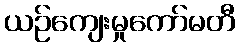
ယဉ်ကျေးမှုကော်မတီ